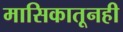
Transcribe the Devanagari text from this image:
मासिकातूनही